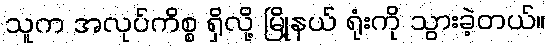
သူက အလုပ်ကိစ္စ ရှိလို့ မြို့နယ် ရုံးကို သွားခဲ့တယ်။